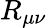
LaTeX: R_{\mu\nu}